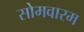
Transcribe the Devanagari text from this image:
सोमवारम